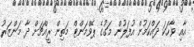
އާއި ވާހަކަ ދައްކަމުން އުފަލުން މަގުގެ ޕޭވްމަންޓް މަތިން ރީއްޗަށް ދާ މަންޒަރު